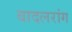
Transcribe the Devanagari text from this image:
बादलरांग